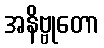
အနိဗ္ဗုတော